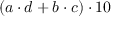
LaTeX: ( a \cdot d + b \cdot c ) \cdot 1 0